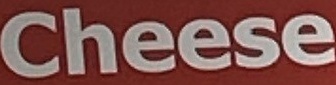
Cheese